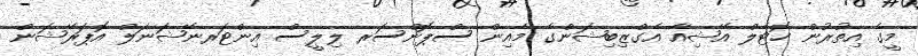
މީގެ އިތުރުން ހޮޓެލް އޭޝިއާ އެގްޒިބިޝަންގެ މެއިން ސްޕޮންސަރ ލިލީސް އިންޓަރނޭޝަނަލް އޮޕަރޭޝަން